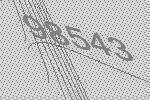
98543